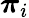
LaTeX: \boldsymbol{\pi}_{i}